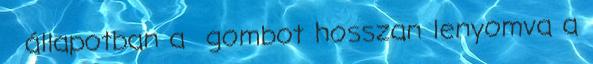
állapotban a gombot hosszan lenyomva a